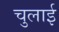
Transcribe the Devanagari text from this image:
चुलाई